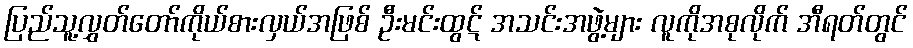
ပြည်သူ့လွှတ်တော်ကိုယ်စားလှယ်အဖြစ် ဦးမင်းထွဋ် အသင်းအဖွဲ့များ လူကိုအစုလိုက် အီရတ်တွင်